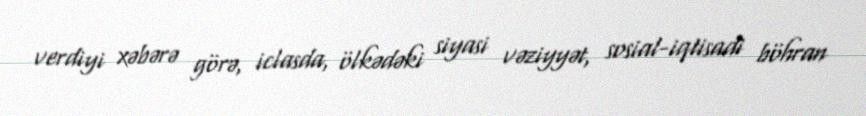
verdiyi xəbərə görə, iclasda, ölkədəki siyasi vəziyyət, sosial-iqtisadi böhran